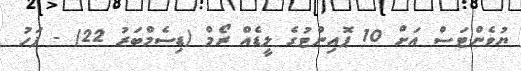
ޔުވެންޓަސް އަށް 10 ޕޮއިންޓުގެ ލީޑެއް ރޯމް (ޑިސެމްބަރު 22) - ފަހު